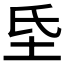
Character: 𭎁